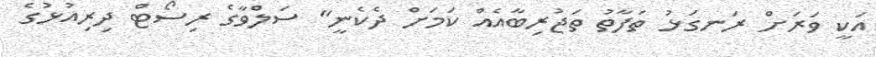
އަކީ ވަރަށް ރަނގަޅު ތަފާތު ތަޖުރިބާއެއް ކަމަށް ދެކެނީ" ސަލްވާގެ ރިސޯޓް ދިރިއުޅުގެ